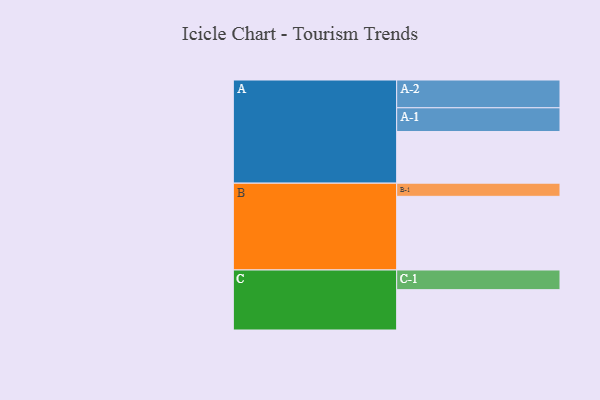
{"axis": {"x": "Segment", "y": "Value"}, "legend": ["", "A", "B", "C"], "data": [{"x": "A", "y": 420, "type": ""}, {"x": "B", "y": 599, "type": ""}, {"x": "C", "y": 328, "type": ""}, {"x": "A-1", "y": 193, "type": "A"}, {"x": "A-2", "y": 226, "type": "A"}, {"x": "B-1", "y": 107, "type": "B"}, {"x": "C-1", "y": 160, "type": "C"}]}